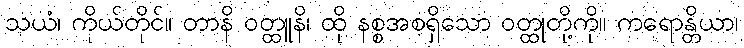
သယံ၊ ကိုယ်တိုင်။ တာနိ ဝတ္ထူနိ၊ ထို နစ္စအစရှိသော ဝတ္ထုတို့ကို။ ကရောန္တိယာ၊